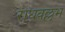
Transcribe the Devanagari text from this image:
राधवल्लभ